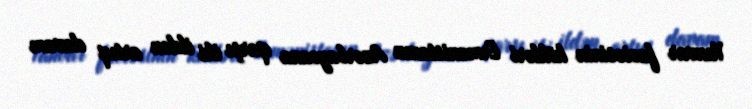
Yanvar faciəsinin kökləri Ermənistanın Azərbaycana qarşı iki ildən artıq davam